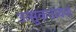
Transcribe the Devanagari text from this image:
उत्‍सुकतावशं